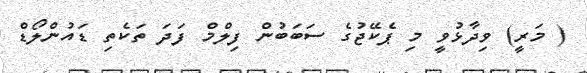
( މަރީ) ވިދާޅުވީ މި ޕެކޭޖުގެ ސަބަބުން ފިލްމް ފަދަ ތަކެތި ޑައުންލޯޑް